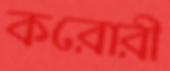
করোরী